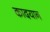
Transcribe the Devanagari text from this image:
कादयान